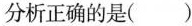
分析正确的是()